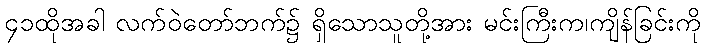
၄၁ထိုအခါ လက်ဝဲတော်ဘက်၌ ရှိသောသူတို့အား မင်းကြီးက၊ကျိန်ခြင်းကို